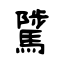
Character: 騭